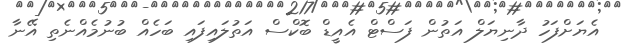
އެޔަށްފަހު ދާނިޔަލް އަތުން ފަސްޓް އެއީޑް ބޮކްސް އަތުލައިފައި ބަހެއް ބުނުމެއްނެތި އޭނާ